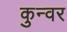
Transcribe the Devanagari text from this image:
कुन्वर